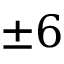
\pm 6